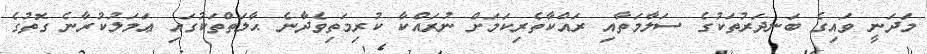
މަދަނީ ވައިގެ ބަނދަރުތަކުގެ ސަލާމަތާއި ރައްކާތެރިކަމަށް ނުރައްކާ ކުރިމަތިވެދާނެ ޙާލަތްތަކުގައި ޢަމަލުކުރާނެ ގޮތުގެ